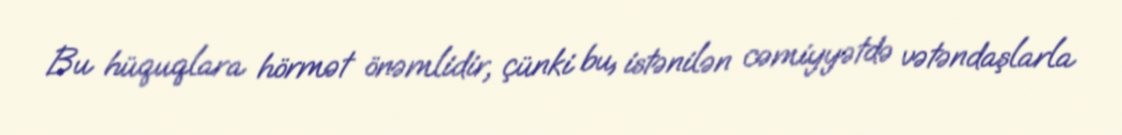
Bu hüquqlara hörmət önəmlidir, çünki bu, istənilən cəmiyyətdə vətəndaşlarla